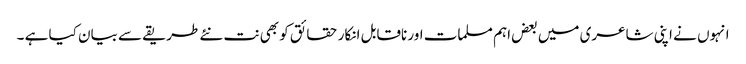
انہوں نے اپنی شاعری میں بعض اہم مسلمات اور ناقابل انکار حقائق کو بھی نت نئے طریقے سے بیان کیا ہے ۔